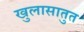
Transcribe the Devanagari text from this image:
खुलासातुत